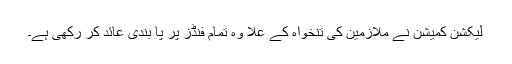
لیکشن کمیشن نے ملازمین کی تنخواہ کے علا وہ تمام فنڈز پر پا بندی عائد کر رکھی ہے۔